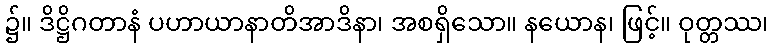
၌။ ဒိဋ္ဌိဂတာနံ ပဟာယာနာတိအာဒိနာ၊ အစရှိသော။ နယောန၊ ဖြင့်။ ဝုတ္တဿ၊